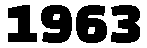
1963